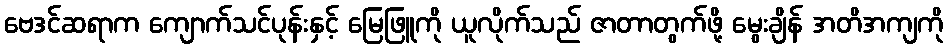
ဗေဒင်ဆရာက ကျောက်သင်ပုန်းနှင့် မြေဖြူကို ယူလိုက်သည် ဇာတာတွက်ဖို့ မွေးချိန် အတိအကျကို